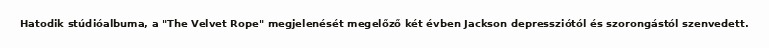
Hatodik stúdióalbuma, a "The Velvet Rope" megjelenését megelőző két évben Jackson depressziótól és szorongástól szenvedett.